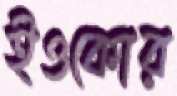
ইওকোর